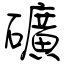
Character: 礦